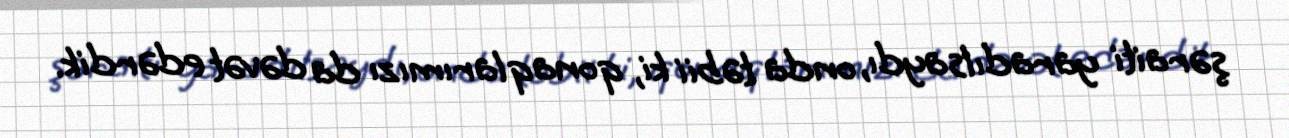
şəraiti yaradılsaydı, onda təbii ki, qonaqlarımızı da dəvət edərdik.